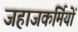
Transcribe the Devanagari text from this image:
जहाजकर्मियों